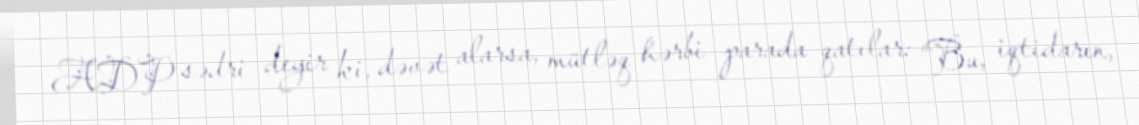
ADP sədri deyir ki, dəvət alarsa, mütləq hərbi parada qatılar: “Bu, iqtidarın,